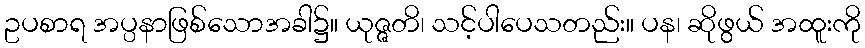
ဥပစာရ အပ္ပနာဖြစ်သောအခါ၌။ ယုဇ္ဇတိ၊ သင့်ပါပေသတည်း။ ပန၊ ဆိုဖွယ် အထူးကို